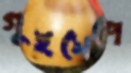
গুইসেপে